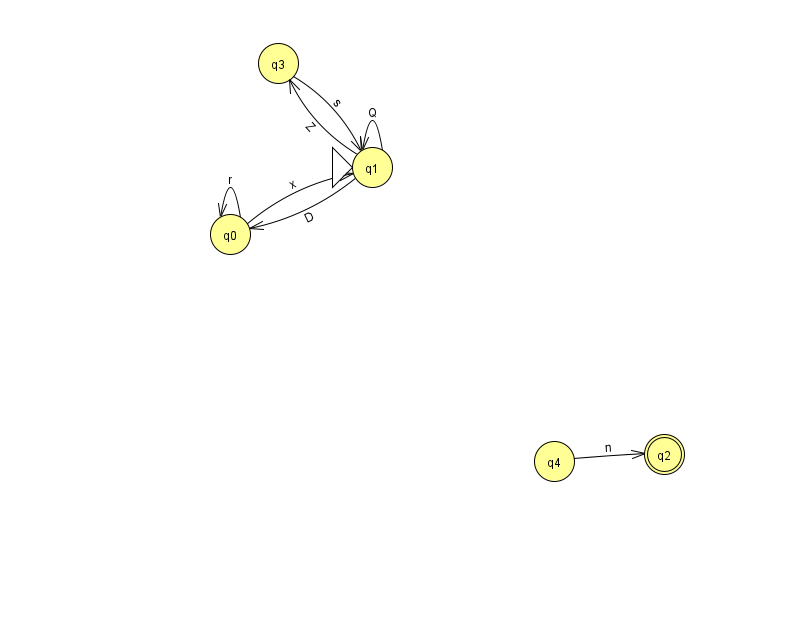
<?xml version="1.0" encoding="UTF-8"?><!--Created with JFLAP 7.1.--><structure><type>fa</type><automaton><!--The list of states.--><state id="0" name="q0"><x>230.0</x><y>221.0</y></state><state id="1" name="q1"><x>372.0</x><y>154.0</y><initial/></state><state id="2" name="q2"><x>664.0</x><y>441.0</y><final/></state><state id="3" name="q3"><x>278.0</x><y>50.0</y></state><state id="4" name="q4"><x>554.0</x><y>448.0</y></state><!--The list of transitions.--><transition><from>3</from><to>1</to><read>s</read></transition><transition><from>1</from><to>1</to><read>Q</read></transition><transition><from>0</from><to>0</to><read>r</read></transition><transition><from>1</from><to>0</to><read>D</read></transition><transition><from>4</from><to>2</to><read>n</read></transition><transition><from>1</from><to>3</to><read>Z</read></transition><transition><from>0</from><to>1</to><read>x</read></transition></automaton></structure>